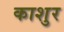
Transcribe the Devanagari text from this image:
काशुर